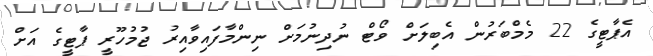
އެޕާޓީގެ 22 މެމްބަރުން އެބިލަށް ވޯޓް ނުދިނުމަށް ނިންމާފައިވާއިރު ޖުމުހޫރީ ޕާޓީގެ އަށް